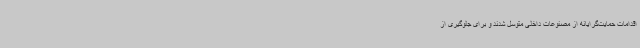
اقدامات حمایت‌گرایانه از مصنوعات داخلی متوسل شدند و برای جلوگیری از